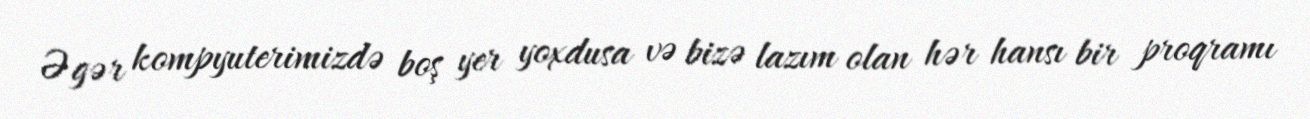
Əgər kompyuterimizdə boş yer yoxdusa və bizə lazım olan hər hansı bir proqramı